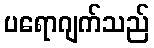
ပရောဂျက်သည်